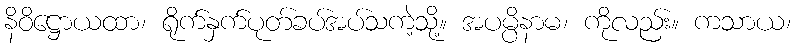
နိဝိဋ္ဌောယထာ၊ ရိုက်နှက်ပုတ်ခပ်အပ်သကဲ့သို့။ အပမ္ပိနာမ၊ ကိုလည်း။ ကသာယ၊